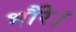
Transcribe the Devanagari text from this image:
भौंरे।